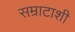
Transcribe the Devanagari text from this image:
सम्राटाशी